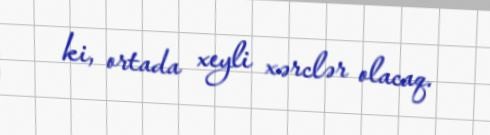
ki, ortada xeyli xərclər olacaq.